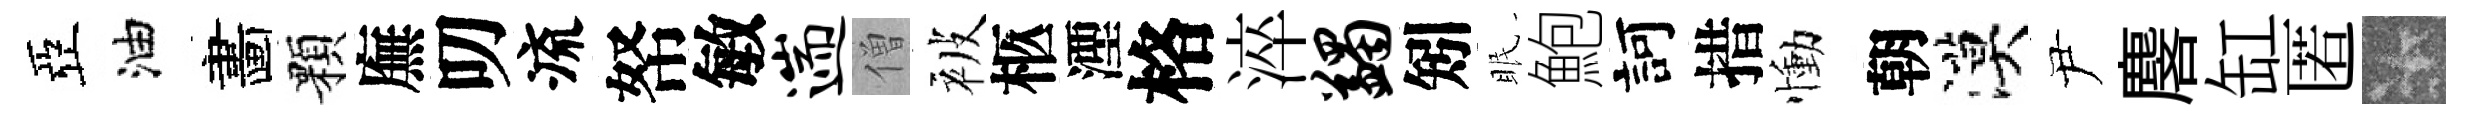
亞油畵顆廡叨流帑敏遄僧被柩湮格淬蠲矧眠鮑訶措慟朝漠尹麐缸匿卡